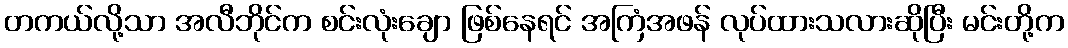
တကယ်လို့သာ အလီဘိုင်က စင်းလုံးချော ဖြစ်နေရင် အကြံအဖန် လုပ်ထားသလားဆိုပြီး မင်းတို့က